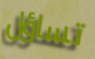
تساؤل